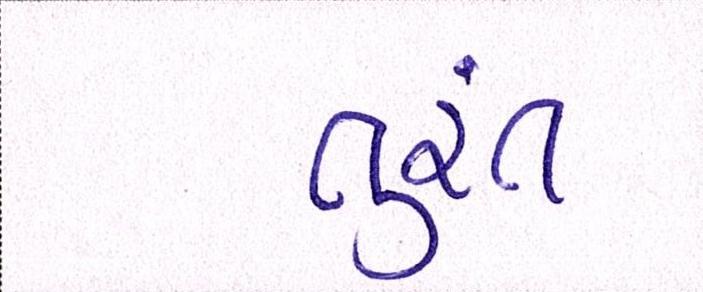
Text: તુરંત